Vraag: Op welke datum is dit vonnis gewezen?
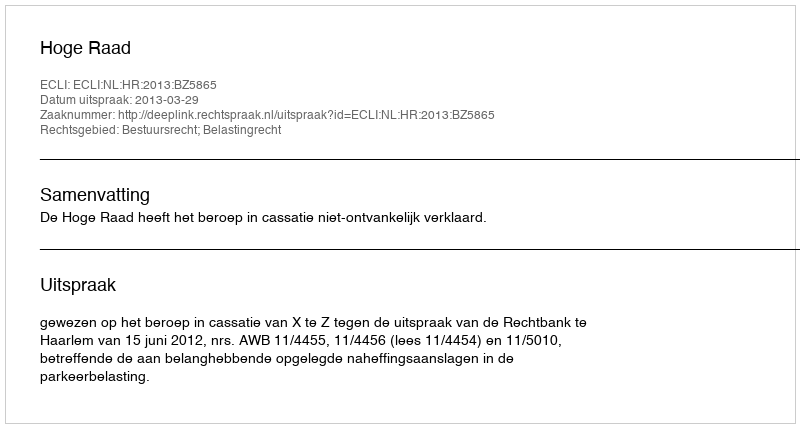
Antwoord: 2013-03-29